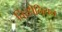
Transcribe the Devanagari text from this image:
तिरहीनियन